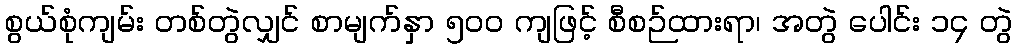
စွယ်စုံကျမ်း တစ်တွဲလျှင် စာမျက်နှာ ၅၀၀ ကျဖြင့် စီစဉ်ထားရာ၊ အတွဲ ပေါင်း ၁၄ တွဲ